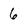
Character: 6